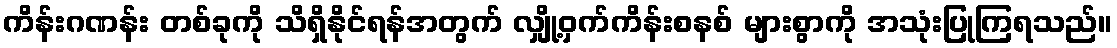
ကိန်းဂဏန်း တစ်ခုကို သိရှိနိုင်ရန်အတွက် လျှို့ဝှက်ကိန်းစနစ် များစွာကို အသုံးပြုကြရသည်။